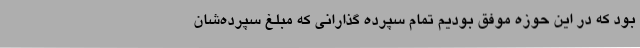
بود که در این حوزه موفق بودیم تمام سپرده گذارانی که مبلغ سپرده‌شان